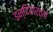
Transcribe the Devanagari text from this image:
इन्दिरारत्न